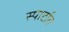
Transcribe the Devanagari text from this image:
स्पार्टात